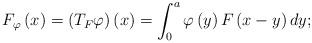
LaTeX: \begin{align*}F_{\varphi}\left(x\right)=\left(T_{F}\varphi\right)\left(x\right)=\int_{0}^{a}\varphi\left(y\right)F\left(x-y\right)dy;\end{align*}